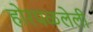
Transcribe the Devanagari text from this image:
होरपळलेली